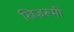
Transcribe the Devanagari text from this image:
खिज्ररूमी